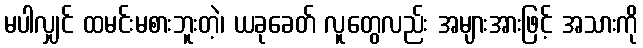
မပါလျှင် ထမင်းမစားဘူးတဲ့၊ ယခုခေတ် လူတွေလည်း အများအားဖြင့် အသားကို